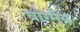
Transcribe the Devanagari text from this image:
वांग्मेय